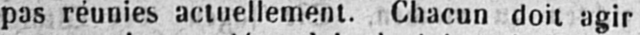
pas réunies actuellement. Chacun doit agir